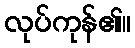
လုပ်ကုန်၏။